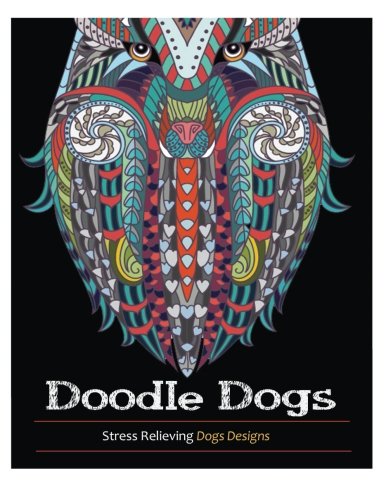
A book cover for Doodle Dogs: Coloring Books For Adults Featuring Over 30 Stress Relieving Dogs Designs; Adult Coloring Books; Crafts, Hobbies & Home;